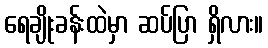
ရေချိုးခန်းထဲမှာ ဆပ်ပြာ ရှိလား။